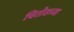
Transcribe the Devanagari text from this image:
चितोडच्या